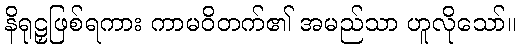
နိရုဠှဖြစ်ရကား ကာမဝိတက်၏ အမည်သာ ဟူလိုသော်။